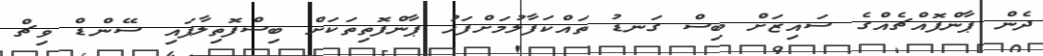
ދެން ޕާންފޮއްޗެއްގެ ސައިޒަށް ބިސް ގަނޑު ތައްކަފާލުމަށްފަހު ޕާންފޮތިތަކަށް ބިސްފޮތިލާފައި ސޭންޑް ވިޗް